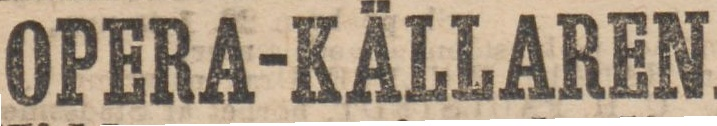
OPERA-KÄLLAREN.